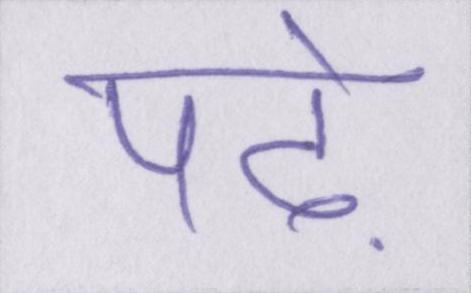
पढ़े